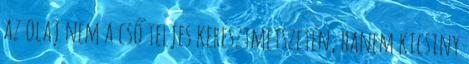
az olaj nem a cső teljes keresztmetszetén, hanem kicsiny